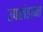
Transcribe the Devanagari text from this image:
उपखंडाना